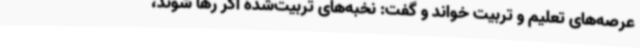
عرصه‌های تعلیم و تربیت خواند و گفت: نخبه‌های تربیت‌شده اگر رها شوند،